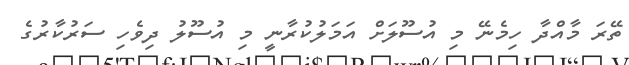
ތޭރަ މާއްދާ ހިމެނޭ މި އުސޫލަށް އަމަލުކުރާނީ މި އުސޫލު ދިވެހި ސަރުކާރުގެ